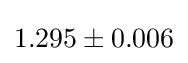
1.295\pm 0.006